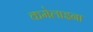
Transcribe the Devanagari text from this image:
कमेलाइना